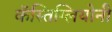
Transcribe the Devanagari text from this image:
कॅस्तिग्लियोनी